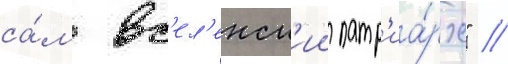
са́м вс'ел'енск'ии патр'иа́рх" //